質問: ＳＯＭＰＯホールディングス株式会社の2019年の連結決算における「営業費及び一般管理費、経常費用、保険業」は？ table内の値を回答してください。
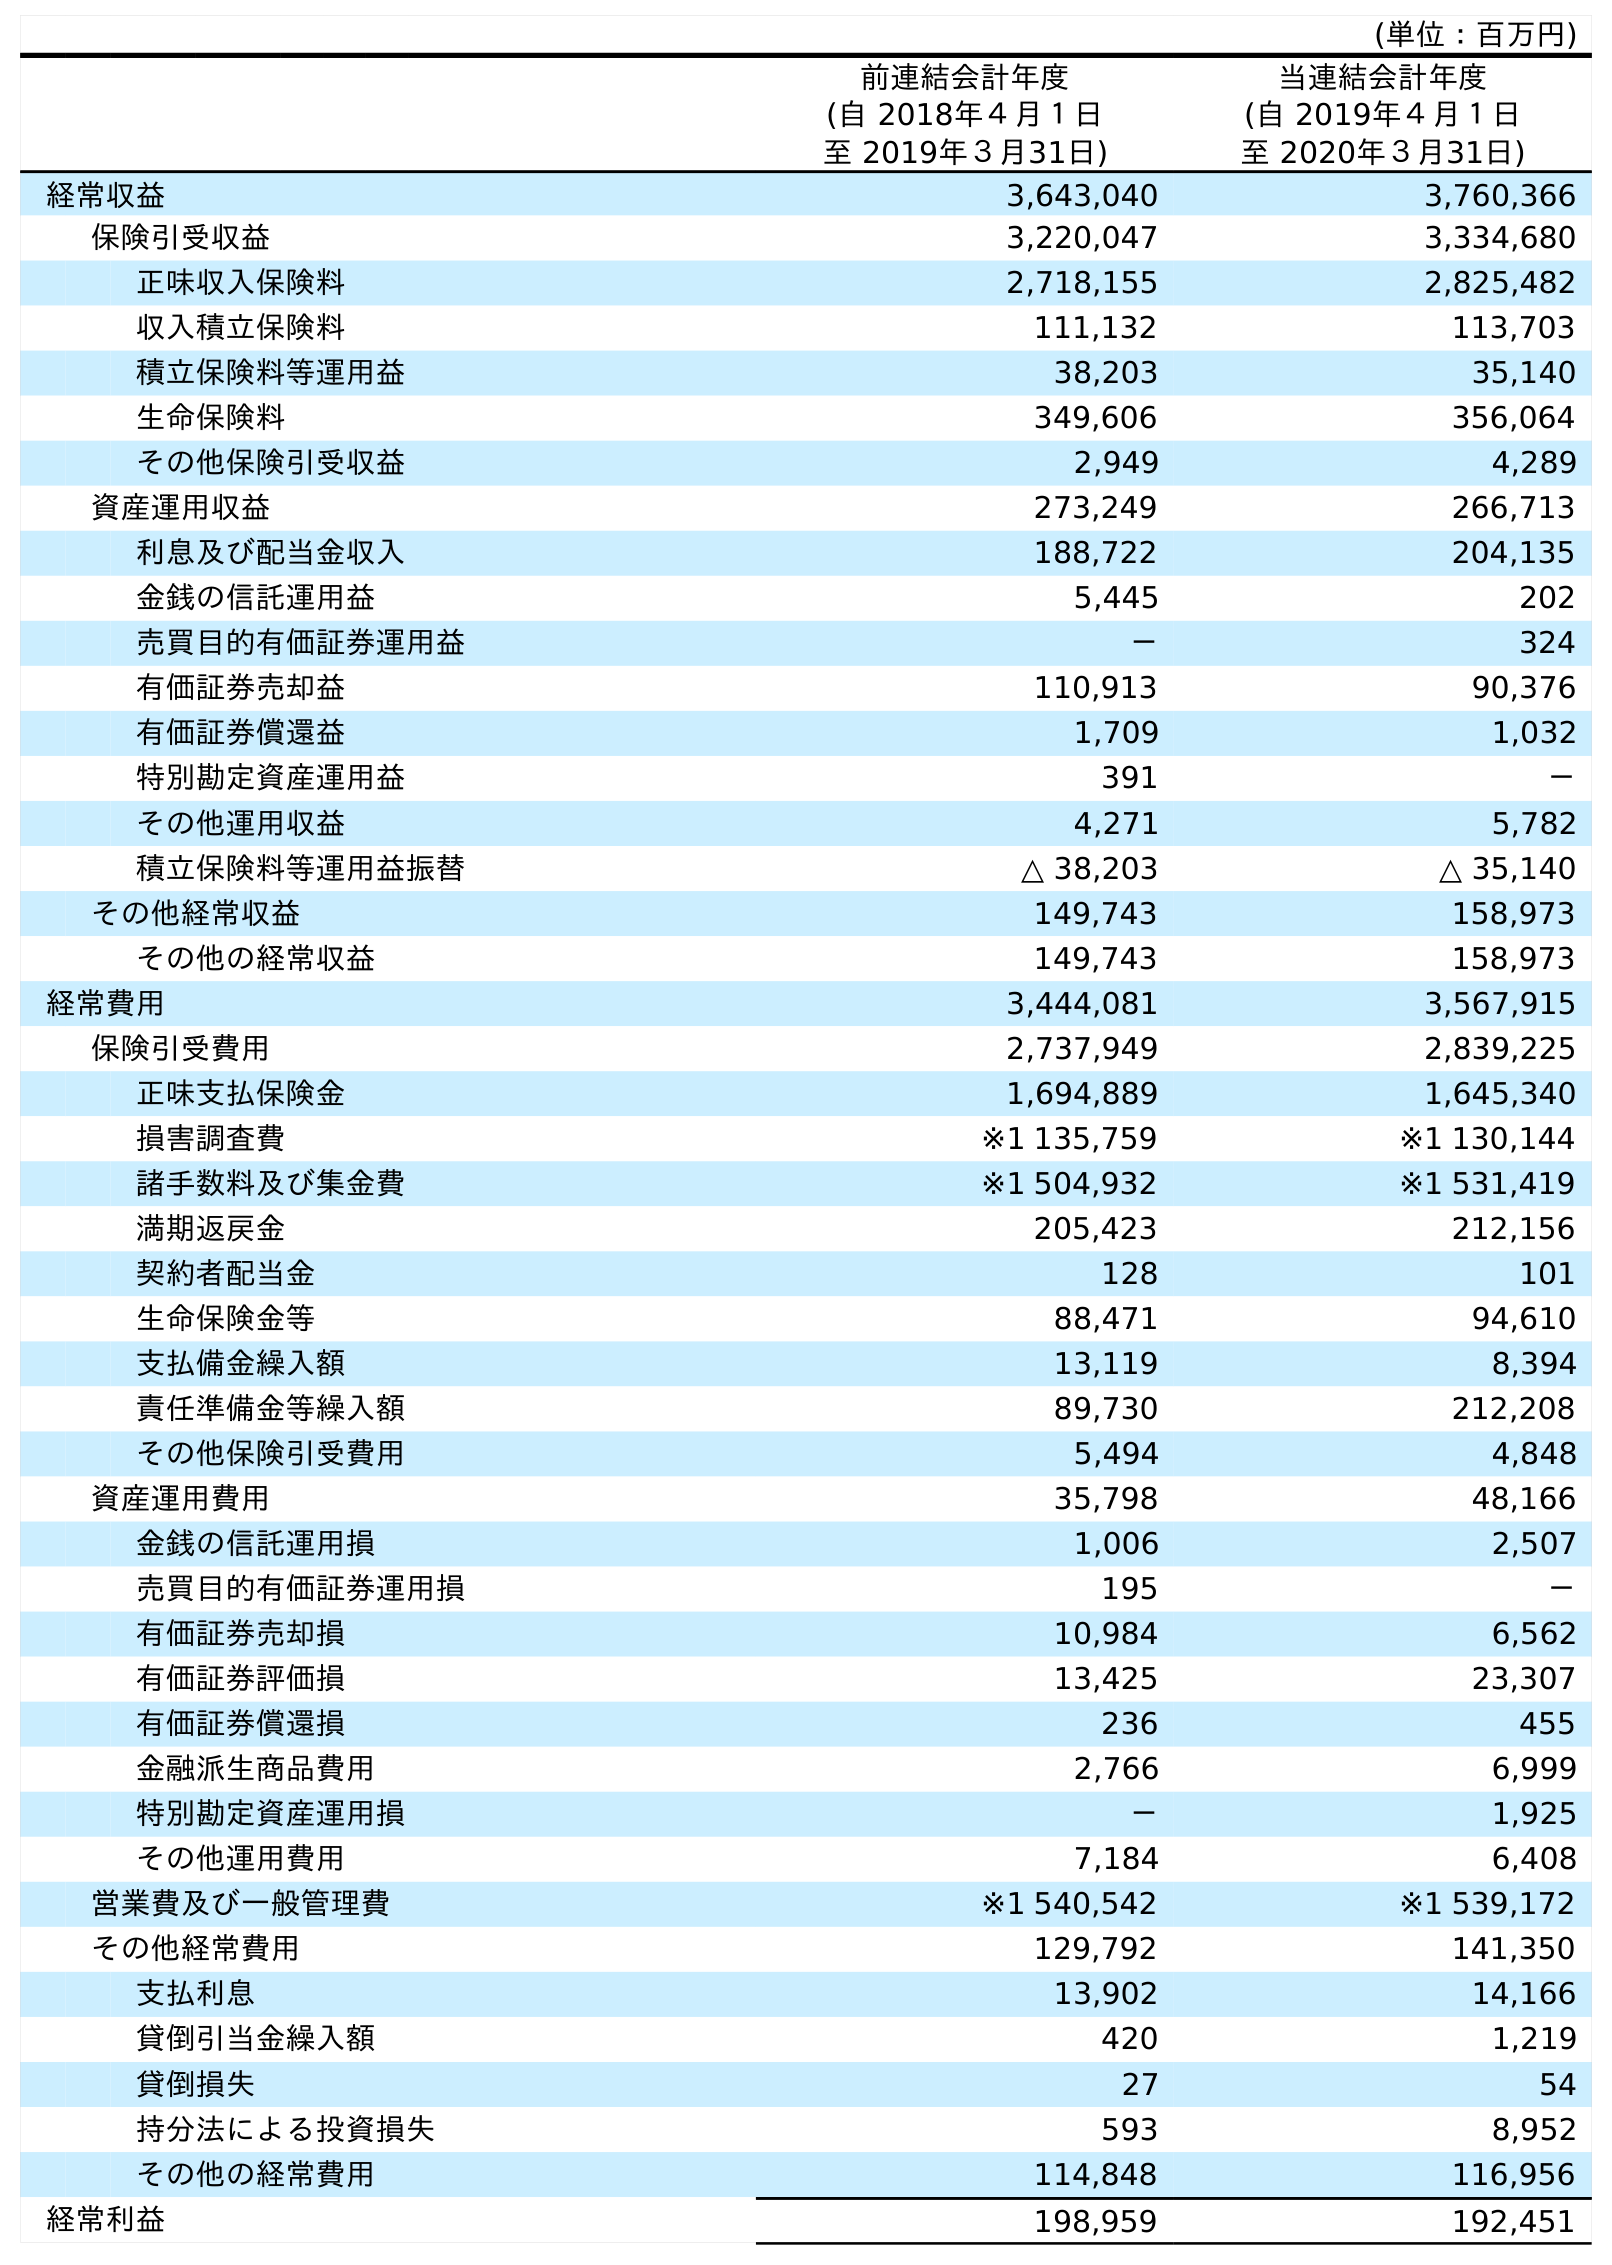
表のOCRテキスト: (単位：百万円) 前連結会計年度 (自 2018年４月１日 至 2019年３月31日) 当連結会計年度 (自 2019年４月１日 至 2020年３月31日) 経常収益 3,643,040 3,760,366 保険引受収益 3,220,047 3,334,680 正味収入保険料 2,718,155 2,825,482 収入積立保険料 111,132 113,703 積立保険料等運用益 38,203 35,140 生命保険料 349,606 356,064 その他保険引受収益 2,949 4,289 資産運用収益 273,249 266,713 利息及び配当金収入 188,722 204,135 金銭の信託運用益 5,445 202 売買目的有価証券運用益 － 324 有価証券売却益 110,913 90,376 有価証券償還益 1,709 1,032 特別勘定資産運用益 391 － その他運用収益 4,271 5,782 積立保険料等運用益振替 △ 38,203 △ 35,140 その他経常収益 149,743 158,973 その他の経常収益 149,743 158,973 経常費用 3,444,081 3,567,915 保険引受費用 2,737,949 2,839,225 正味支払保険金 1,694,889 1,645,340 損害調査費 ※1 135,759 ※1 130,144 諸手数料及び集金費 ※1 504,932 ※1 531,419 満期返戻金 205,423 212,156 契約者配当金 128 101 生命保険金等 88,471 94,610 支払備金繰入額 13,119 8,394 責任準備金等繰入額 89,730 212,208 その他保険引受費用 5,494 4,848 資産運用費用 35,798 48,166 金銭の信託運用損 1,006 2,507 売買目的有価証券運用損 195 － 有価証券売却損 10,984 6,562 有価証券評価損 13,425 23,307 有価証券償還損 236 455 金融派生商品費用 2,766 6,999 特別勘定資産運用損 － 1,925 その他運用費用 7,184 6,408 営業費及び一般管理費 ※1 540,542 ※1 539,172 その他経常費用 129,792 141,350 支払利息 13,902 14,166 貸倒引当金繰入額 420 1,219 貸倒損失 27 54 持分法による投資損失 593 8,952 その他の経常費用 114,848 116,956 経常利益 198,959 192,451
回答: ※1540,542